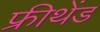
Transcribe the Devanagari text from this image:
फ्रीथेंड